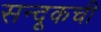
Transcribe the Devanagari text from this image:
सन्दूकची